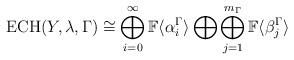
LaTeX: \begin{align*} \mathrm{ECH}(Y,\lambda,\Gamma) \cong \bigoplus_{i=0}^{\infty}\mathbb{F}\langle \alpha_{i}^{\Gamma} \rangle \bigoplus \bigoplus_{j=1}^{m_{\Gamma}}\mathbb{F}\langle \beta _{j}^{\Gamma}\rangle\end{align*}